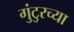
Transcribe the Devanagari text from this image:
गुंटुरच्या